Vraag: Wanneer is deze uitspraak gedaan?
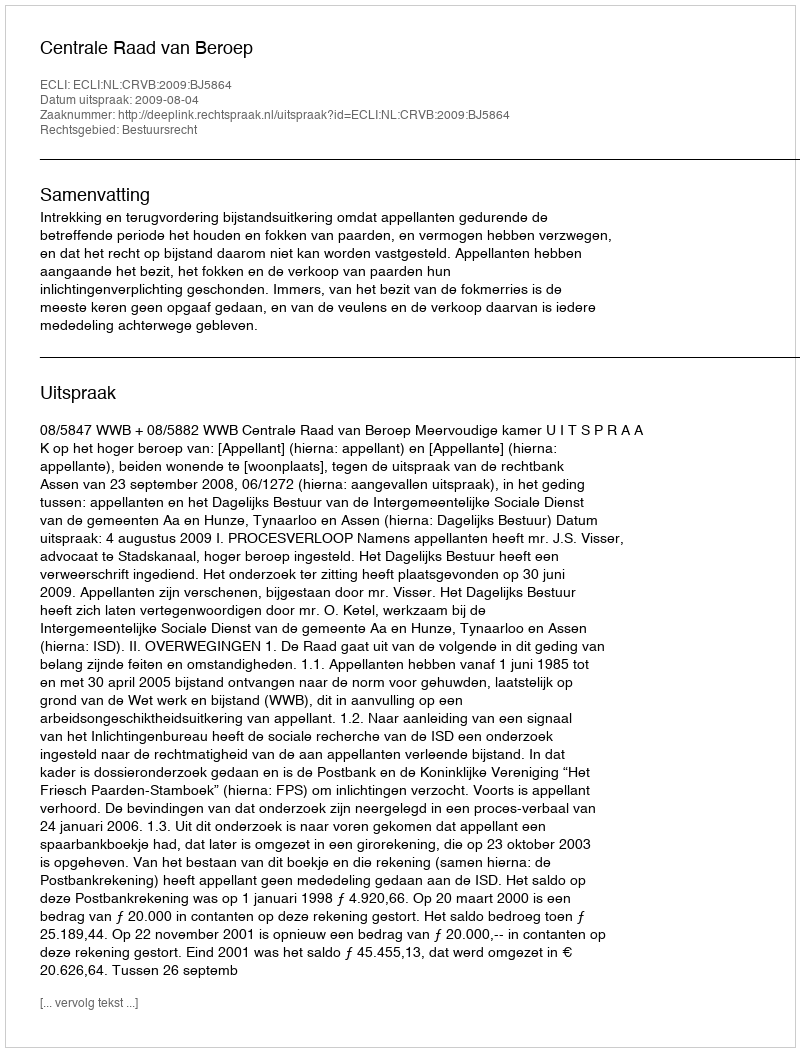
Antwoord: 2009-08-04